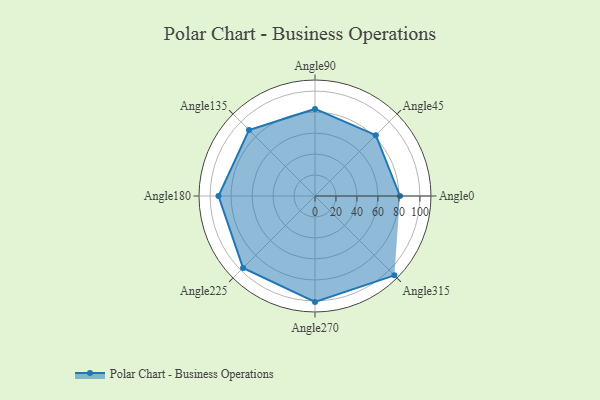
{"axis": {"x": "Angle", "y": "Radius"}, "legend": [""], "data": [{"x": "Angle0", "y": 81.0, "type": ""}, {"x": "Angle45", "y": 82.0, "type": ""}, {"x": "Angle90", "y": 83.0, "type": ""}, {"x": "Angle135", "y": 89.0, "type": ""}, {"x": "Angle180", "y": 92.0, "type": ""}, {"x": "Angle225", "y": 97.0, "type": ""}, {"x": "Angle270", "y": 101.0, "type": ""}, {"x": "Angle315", "y": 107.0, "type": ""}]}